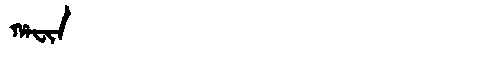
Manchu: ᡥᠠᠸᡳᠨ
Romanization: HAFIN